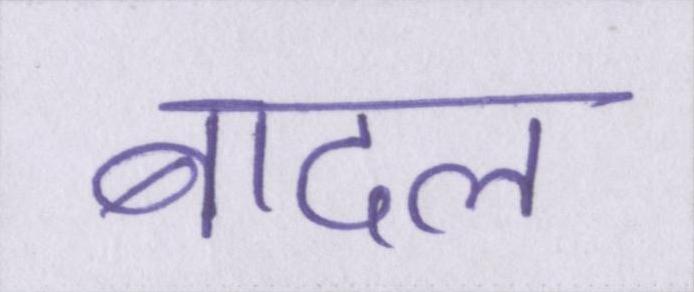
बादल